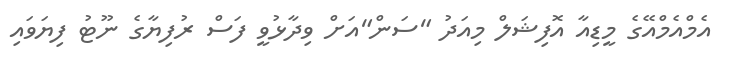
އެމްއެމްއޭގެ މީޑިއާ އޮފިޝަލް މިއަދު "ސަން"އަށް ވިދާޅުވީ ފަސް ރުފިޔާގެ ނޫޓު ފިޔަވައި